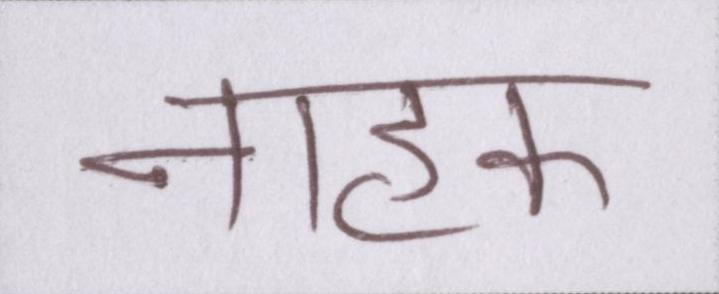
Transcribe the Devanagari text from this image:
नाहक